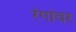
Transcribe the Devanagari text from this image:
रंगांवर